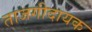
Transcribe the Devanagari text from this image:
ताजगीदायक